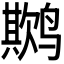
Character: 𬸨